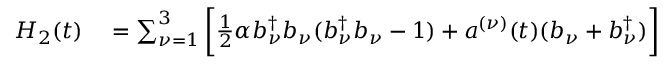
\begin{array} { r l } { H _ { 2 } ( t ) } & { { } = \sum _ { \nu = 1 } ^ { 3 } \bigg [ \frac { 1 } { 2 } \alpha b _ { \nu } ^ { \dagger } b _ { \nu } ( b _ { \nu } ^ { \dagger } b _ { \nu } - 1 ) + a ^ { ( \nu ) } ( t ) ( b _ { \nu } + b _ { \nu } ^ { \dagger } ) \bigg ] } \end{array}